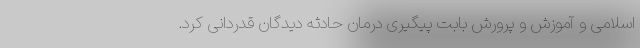
اسلامی و آموزش و پرورش بابت پیگیری درمان حادثه دیدگان قدردانی کرد.